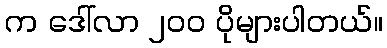
က ဒေါ်လာ ၂၀၀ ပိုများပါတယ်။